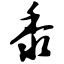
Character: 黍